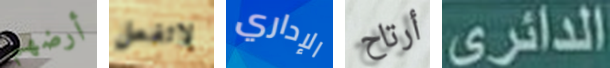
أرضهم لاتفعل الإداري أرتاح الدائري